Civil Veterinary Department Bengal reports 1933-51 - 1933-1951
Year: 1933
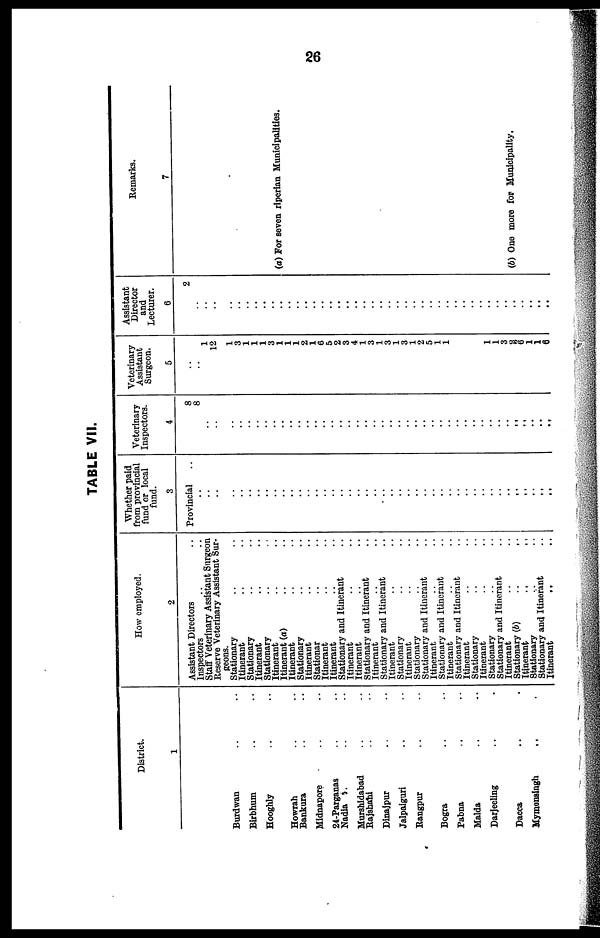
26
TABLE VII.
District.
1
Burdwan .. ..
Birbhum .. ..
Hooghly .. ..
Howrah .. ..
Bankura .. ..
Midnapore .. ..
24-Parganas .. ..
Nadia .. ..
Murshidabad .. ..
Rajshahi .. ..
Dinajpur .. ..
Jalpaiguri .. ..
Rangpur .. ..
Bogra .. ..
Pabna .. ..
Malda .. ..
Darjeeling .. .
Dacca .. .
Mymensingh .. .
How employed.
2
Assistant Directors ..
Inspectors .. ..
Staff Veterinary Assistant Surgeon
Reserve Veterinary Assistant Sur-
geons.
Stationary .. ..
Itinerant .. ..
Stationary .. ..
Itinerant .. ..
Stationary .. ..
Itinerant .. ..
Itinerant (a) .. ..
Itinerant .. ..
Stationary .. ..
Itinerant .. ..
Stationar .. ..
Itinerant .. ..
Itinerant .. ..
Stationary and Itinerant ..
Itinerant .. ..
Itinerant .. ..
Stationary and Itinerant ..
Itinerant .. ..
Stationary and Itinerant ..
Itinerant .. ..
Stationary .. ..
Itinerant .. ..
Stationary .. ..
Stationary and Itinerant ..
Itinerant .. ..
Stationary and Itinerant ..
Itinerant .. ..
Stationary and Itinerant ..
Itinerant .. ..
Stationary .. ..
Itinerant .. ..
Stationary .. ..
Stationary and Itinerant ..
Itinerant .. ..
Stationary (b)
..
..
Itinerant
..
..
Stationary .. ..
Stationary and Itinerant ..
Itinerant
.. ..
Whether paid
from provincial
fund or local
fund.
3
Provincial ..
..
..
..
..
..
..
..
..
..
..
..
..
..
..
..
..
..
..
..
..
..
..
..
..
..
..
..
..
..
..
..
..
..
..
..
..
..
..
..
..
..
..
Veterinary
Inspectors.
4
8
8
..
..
..
..
..
..
..
..
..
..
..
..
..
..
..
..
..
..
..
..
..
..
..
..
..
..
..
..
..
..
..
..
..
..
..
.. ..
..
..
.. ..
Veterinary
Assistant
Surgeon.
5
..
..
1
12
1
3
1
1
1
3
1
1
1
2
1
6
5
2
3
4
1
3
1
3
1
3
1
2
5
1
1
..
1
1
3
3
6
1
1
6
Assistant
Director
and
Lecturer.
6
2
..
..
..
..
..
..
..
..
..
..
..
..
..
..
..
..
..
..
..
..
..
..
..
..
..
..
..
..
..
..
..
..
..
..
..
..
..
..
..
..
..
..
Remarks.
7
(a) For seven riperian Municipalities.
..
(b) One more for Municipality.